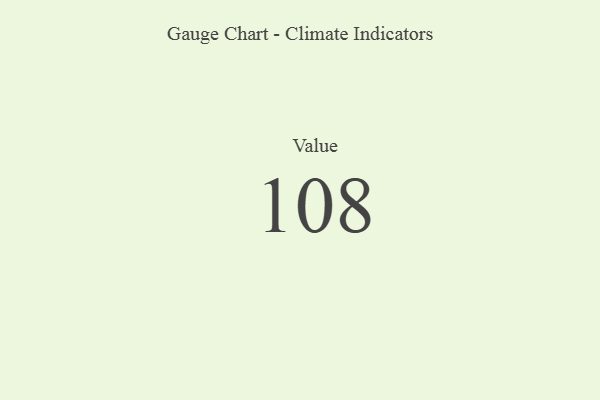
{"axis": {"x": "Metric", "y": "Value"}, "legend": [""], "data": [{"x": "Value", "y": 108, "type": ""}]}